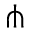
\pitchfork